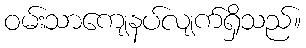
ဝမ်းသာကျေနပ်လျက်ရှိသည်။